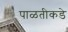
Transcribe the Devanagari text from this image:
पाळतीकडे